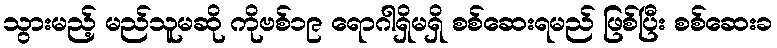
သွားမည့် မည်သူမဆို ကိုဗစ်၁၉ ရောဂါရှိမရှိ စစ်ဆေးရမည် ဖြစ်ပြီး စစ်ဆေးခ